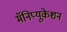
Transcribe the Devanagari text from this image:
मॅनिप्यूकेशन